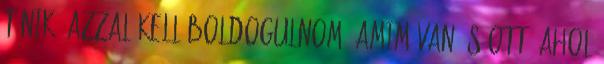
tűnik. Azzal kell boldogulnom, amim van és ott, ahol